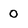
Character: 0